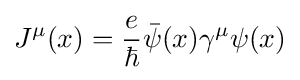
J^{\mu }(x)={\frac {e}{\hbar }}{\bar {\psi }}(x)\gamma ^{\mu }\psi (x)